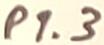
Text: P1.3